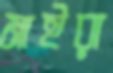
মাইরা